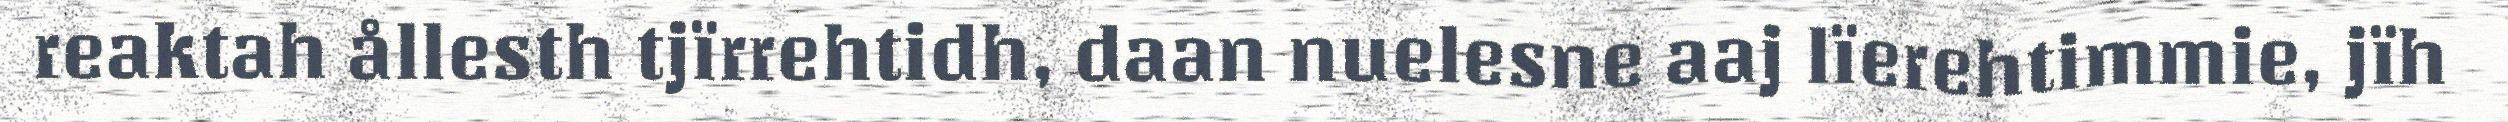
reaktah ållesth tjïrrehtidh, daan nuelesne aaj lïerehtimmie, jïh